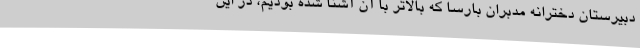
دبیرستان دخترانه مدبران بارسا که بالاتر با آن آشنا شده بودیم، در این